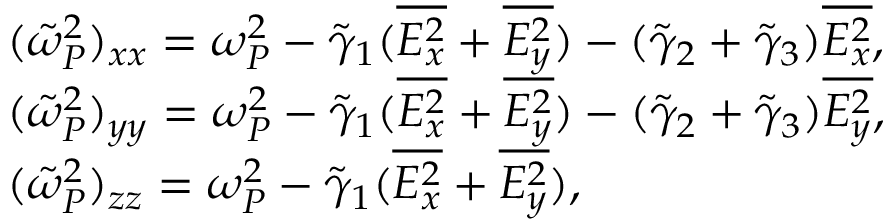
\begin{array} { r l } & { ( \tilde { \omega } _ { P } ^ { 2 } ) _ { x x } = \omega _ { P } ^ { 2 } - \tilde { \gamma } _ { 1 } ( \overline { { E _ { x } ^ { 2 } } } + \overline { { E _ { y } ^ { 2 } } } ) - ( \tilde { \gamma } _ { 2 } + \tilde { \gamma } _ { 3 } ) \overline { { E _ { x } ^ { 2 } } } , } \\ & { ( \tilde { \omega } _ { P } ^ { 2 } ) _ { y y } = \omega _ { P } ^ { 2 } - \tilde { \gamma } _ { 1 } ( \overline { { E _ { x } ^ { 2 } } } + \overline { { E _ { y } ^ { 2 } } } ) - ( \tilde { \gamma } _ { 2 } + \tilde { \gamma } _ { 3 } ) \overline { { E _ { y } ^ { 2 } } } , } \\ & { ( \tilde { \omega } _ { P } ^ { 2 } ) _ { z z } = \omega _ { P } ^ { 2 } - \tilde { \gamma } _ { 1 } ( \overline { { E _ { x } ^ { 2 } } } + \overline { { E _ { y } ^ { 2 } } } ) , } \end{array}